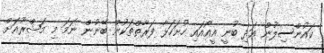
ކައުންސިލުން އަދި ބުނީ އީއޯއައި ހުށަހަޅާ ފަރާތްތަކުން ބޭނުން ނަމަ މި މަޝްރޫއަށް